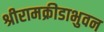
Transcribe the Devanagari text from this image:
श्रीरामक्रीडाभुवन